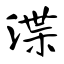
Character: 渫